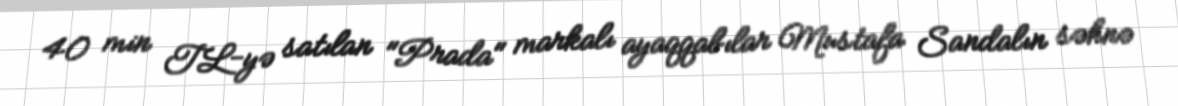
40 min TL-yə satılan "Prada" markalı ayaqqabılar Mustafa Sandalın səhnə